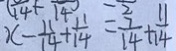
x - \frac { 1 1 } { 1 4 } + \frac { 1 1 } { 1 4 } = \frac { 7 } { 1 4 } + \frac { 1 1 } { 1 4 }